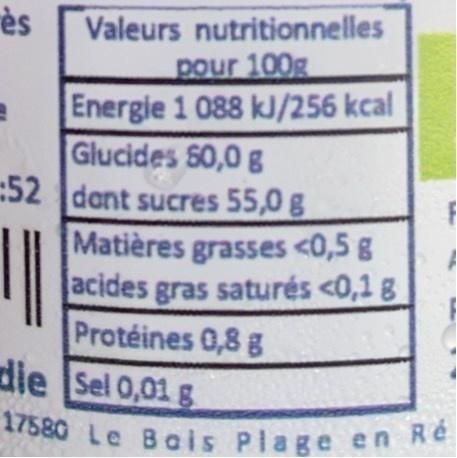
ès
Valeurs nutritionnelles pour 100g
Energie 1 088 kJ/256 kcal Glucides S0,0 g :52 dant sucres 55,0 g
Matières grasses <0,5 g acides gras saturés <0,1 8 Protéines 0,8 g die Sel 0,01 g 17580 Le Bais Plage en Ré